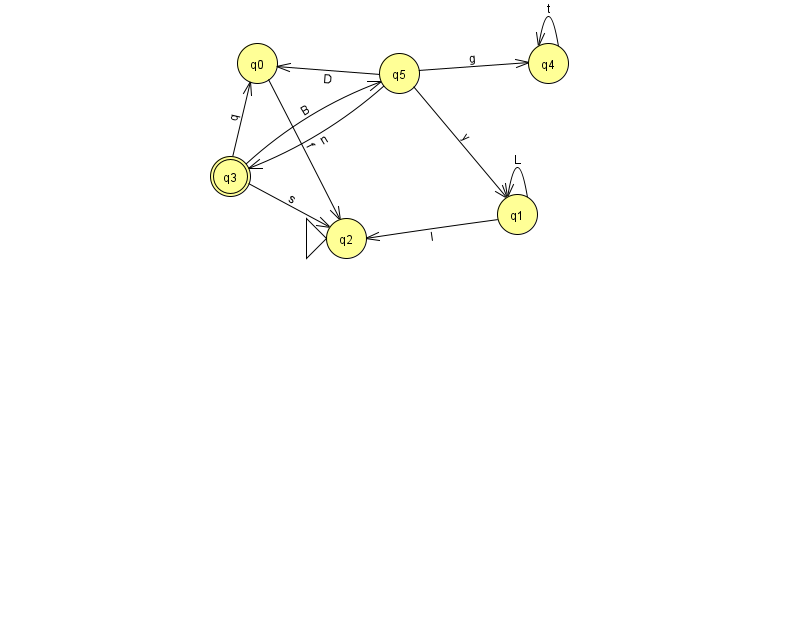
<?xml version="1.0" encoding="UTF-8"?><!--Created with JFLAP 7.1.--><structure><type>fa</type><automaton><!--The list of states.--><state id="0" name="q0"><x>257.0</x><y>50.0</y></state><state id="1" name="q1"><x>517.0</x><y>201.0</y></state><state id="2" name="q2"><x>346.0</x><y>225.0</y><initial/></state><state id="3" name="q3"><x>230.0</x><y>163.0</y><final/></state><state id="4" name="q4"><x>548.0</x><y>50.0</y></state><state id="5" name="q5"><x>399.0</x><y>60.0</y></state><!--The list of transitions.--><transition><from>0</from><to>2</to><read>f</read></transition><transition><from>3</from><to>0</to><read>q</read></transition><transition><from>5</from><to>3</to><read>n</read></transition><transition><from>4</from><to>4</to><read>t</read></transition><transition><from>3</from><to>2</to><read>s</read></transition><transition><from>5</from><to>1</to><read>y</read></transition><transition><from>1</from><to>2</to><read>l</read></transition><transition><from>5</from><to>0</to><read>D</read></transition><transition><from>5</from><to>4</to><read>g</read></transition><transition><from>1</from><to>1</to><read>L</read></transition><transition><from>3</from><to>5</to><read>B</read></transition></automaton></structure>